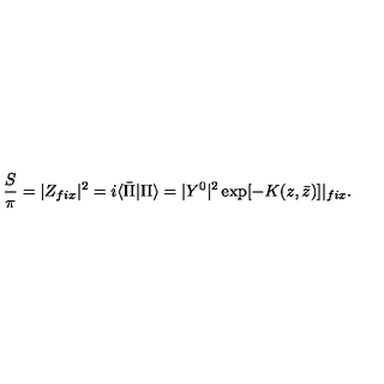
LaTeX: { \frac { S } { \pi } } = | Z _ { f i x } | ^ { 2 } = i \langle \bar { \Pi } | \Pi \rangle = | Y ^ { 0 } | ^ { 2 } \exp [ - K ( z , \bar { z } ) ] | _ { f i x } .